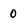
Character: 0